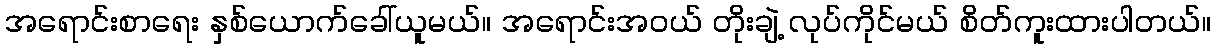
အရောင်းစာရေး နှစ်ယောက်ခေါ်ယူမယ်။ အရောင်းအဝယ် တိုးချဲ့ လုပ်ကိုင်မယ် စိတ်ကူးထားပါတယ်။